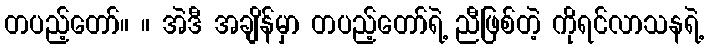
တပည့်တော်။ ။ အဲဒီ အချိန်မှာ တပည့်တော်ရဲ့ ညီဖြစ်တဲ့ ကိုရင်လာသနရဲ့